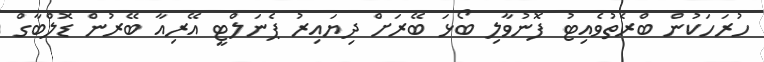
ހުރަހަކުން ބްރެތުވެއިޓު ފޮނުވާލި ބޯޅަ ބޭރަށް ދިޔައިރު ޕެނަލްޓީ އޭރިއާ ބޭރުން ޑޮލްބާގް